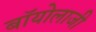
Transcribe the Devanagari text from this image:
बॉयोलाजी